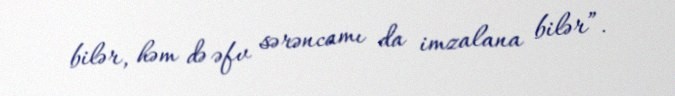
bilər, həm də əfv sərəncamı da imzalana bilər”.